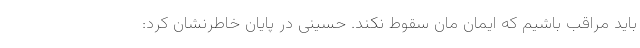
باید مراقب باشیم که ایمان مان سقوط نکند. حسینی در پایان خاطرنشان کرد: